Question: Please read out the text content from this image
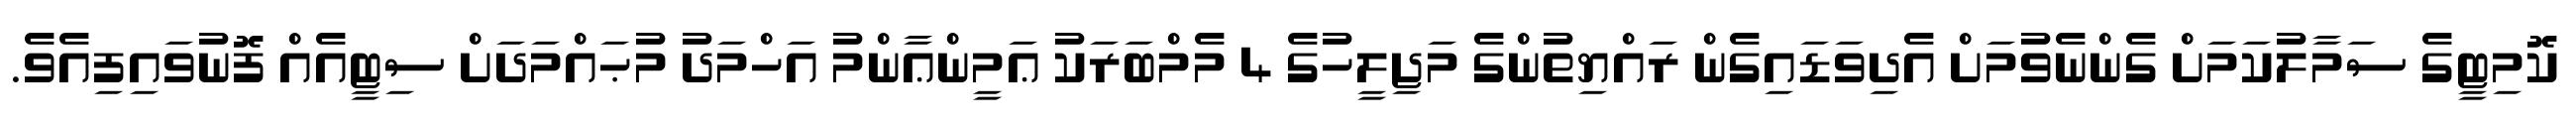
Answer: ކޮމިޓީގެ ސަމާލުކަމަށް ގެންނެވުމަށް އެދިވަޑައިގެން ރައްޔިތުންގެ މަޖިލީހުގެ 4 މެމްބަރަކު ޢަމީންޢާންމު އަހްމަދު މުޙައްމަދަށް ސިޓީއެއް ފޮނުވައިފިއެވެ.